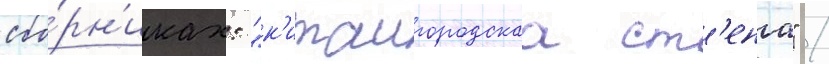
сбо́рн'иках: "к'итаигородскаа ст'ена" /